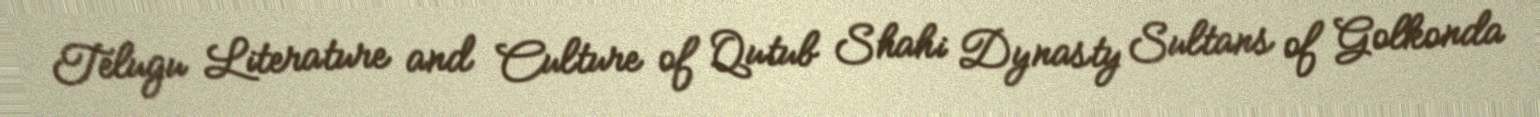
Telugu Literature and Culture of Qutub Shahi Dynasty Sultans of Golkonda